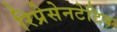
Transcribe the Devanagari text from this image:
रिप्रेसेनटेटिव